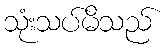
သုံးသပ်မိသည်